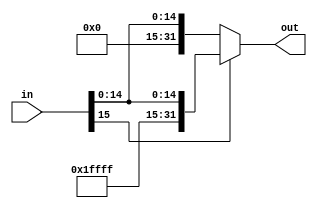
module SignExt(in, out);
input [15:0] in;
output [31:0] out;
assign out = (in[15]) ? {16'b1111111111111111, in} : {16'b0000000000000000, in};
endmodule